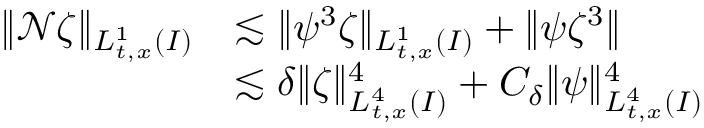
\begin{array} { r l } { \| \mathcal { N } \zeta \| _ { L _ { t , x } ^ { 1 } ( I ) } } & { \lesssim \| \psi ^ { 3 } \zeta \| _ { L _ { t , x } ^ { 1 } ( I ) } + \| \psi \zeta ^ { 3 } \| } \\ & { \lesssim \delta \| \zeta \| _ { L _ { t , x } ^ { 4 } ( I ) } ^ { 4 } + C _ { \delta } \| \psi \| _ { L _ { t , x } ^ { 4 } ( I ) } ^ { 4 } } \end{array}